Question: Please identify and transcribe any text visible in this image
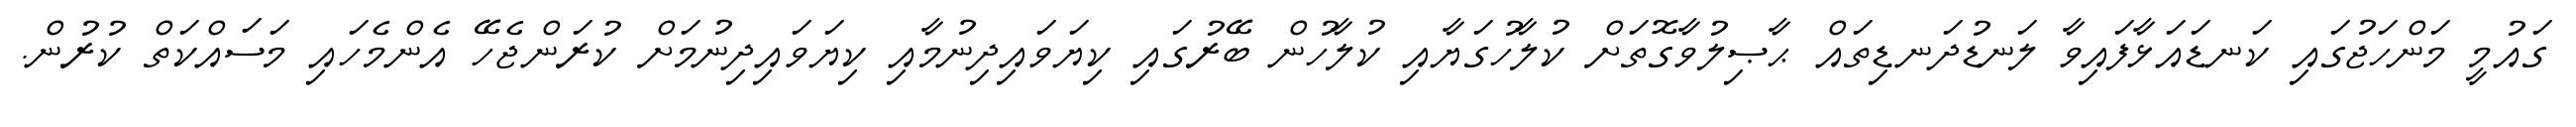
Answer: ގައުމީ މަންހަޖުގައި ކަނޑައަޅާފައިވާ ލަނޑުދަނޑިތައް ޙާޞިލުވާގޮތަށް ކުލާހުގަޔާއި ކުލާހުން ބޭރުގައި ކިޔަވައިދިނުމާއި ކިޔަވައިދިނުމަށް ކުރަންޖެހޭ އެންމެހައި މަސައްކަތް ކުރުން.